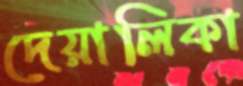
দেয়ালিকা